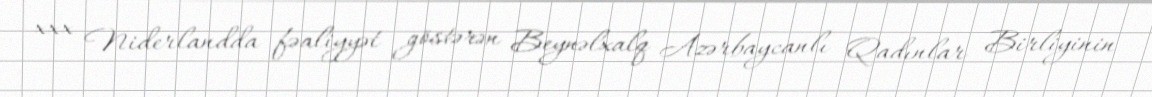
xxx Niderlandda fəaliyyət göstərən Beynəlxalq Azərbaycanlı Qadınlar Birliyinin